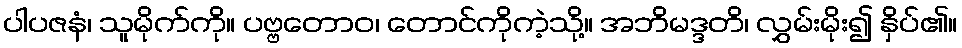
ပါပဇနံ၊ သူမိုက်ကို။ ပဗ္ဗတောဝ၊ တောင်ကိုကဲ့သို့။ အဘိမဒ္ဒတိ၊ လွှမ်းမိုး၍ နှိပ်၏။